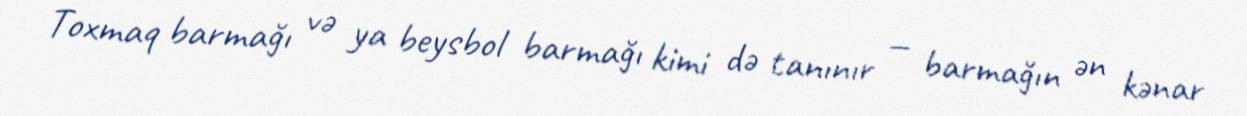
Toxmaq barmağı və ya beysbol barmağı kimi də tanınır — barmağın ən kənar